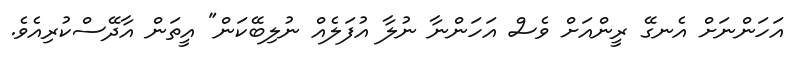
އަހަންނަށް އެނގޭ ރީންއަށް ވެސް އަހަންނާ ނުލާ އުފަލެއް ނުލިބޭކަން" އީތަން އާދޭސްކުރިއެވެ.